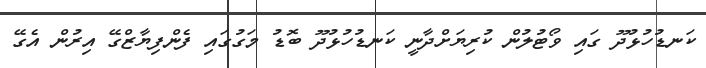
ކަނޑުހުޅުދޫ ގައި ވޯޓުލުން ކުރިޔަށްދާނީ ކަނޑުހުޅުދޫ ބޮޑު މަގުގައި ފެންފިޔާޒްގޭ އިރުން އެގޭ